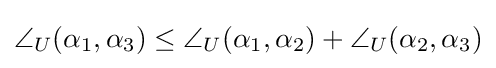
\angle _{U}(\alpha _{1},\alpha _{3})\leq \angle _{U}(\alpha _{1},\alpha _{2})+\angle _{U}(\alpha _{2},\alpha _{3})